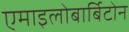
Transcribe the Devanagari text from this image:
एमाइलोबार्बिटोन